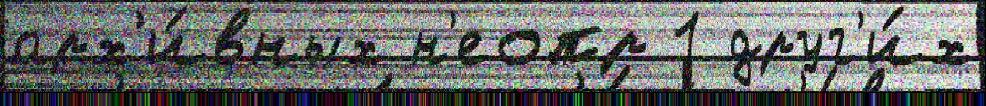
арх'и́вных н'еопр 1 друг'и́х